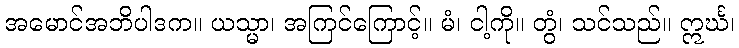
အမောင်အဘိပါဒက။ ယသ္မာ၊ အကြင်ကြောင့်။ မံ၊ ငါ့ကို။ တွံ၊ သင်သည်။ ဣင်္ဃ၊